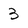
Character: 3